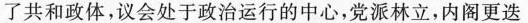
了共和政体，议会处于政治运行的中心，党派林立，内阁更迭